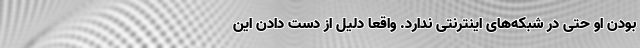
بودن او حتی در شبکه‌های اینترنتی ندارد. واقعا دلیل از دست دادن این